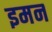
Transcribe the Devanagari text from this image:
इमन